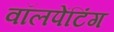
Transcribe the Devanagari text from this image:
वॉलपेंटिंग